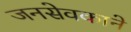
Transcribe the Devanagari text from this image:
जनसेवकाने